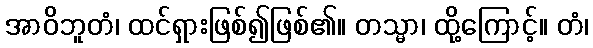
အာဝိဘူတံ၊ ထင်ရှားဖြစ်၍ဖြစ်၏။ တသ္မာ၊ ထို့ကြောင့်။ တံ၊